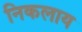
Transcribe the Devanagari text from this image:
निकलाय